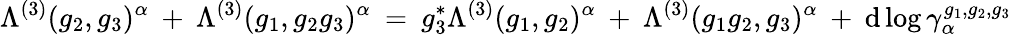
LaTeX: \Lambda^{(3)}(g_{2},g_{3})^{\alpha}\: +\: \Lambda^{(3)}(g_{1},g_{2}g_{3})^{\alpha}\: =\: g_{3}^{*}\Lambda^{(3)}(g_{1},g_{2})^{\alpha}\: +\: \Lambda^{(3)}(g_{1}g_{2},g_{3})^{\alpha}\: +\: \mathrm{d}\log\gamma_{\alpha}^{g_{1},g_{2},g_{3}}